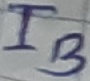
Text: IB